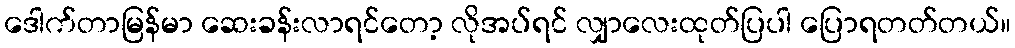
ဒေါက်တာမြန်မာ ဆေးခန်းလာရင်တော့ လိုအပ်ရင် လျှာလေးထုတ်ပြပါ ပြောရတတ်တယ်။